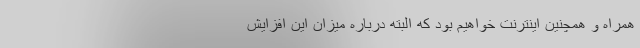
همراه و همچنین اینترنت خواهیم بود که البته درباره میزان این افزایش